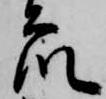
衆